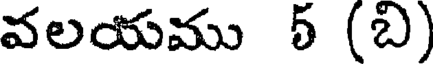
వలయము 5 (బి)